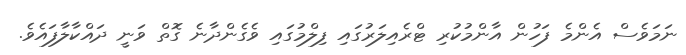
ނަމަވެސް އެންމެ ފަހުން އާންމުކުރި ޓްރެއިލަރުގައި ފިލްމުގައި ވެގެންދާނެ ގޮތް ވަނީ ދައްކާލާފައެވެ.